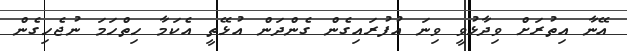
އޭނާ އިތުރަށް ވިދާޅުވީ ވިނަ އުފުރައިގެން ގެންދަން އުޅޭތީ އެކަމާ ހިތްހަމަ ނުޖެހިގެން